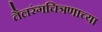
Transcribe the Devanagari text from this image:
तैलरंगचित्रणाच्या